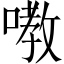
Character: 嘋